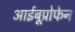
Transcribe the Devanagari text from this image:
आईबूप्रोफेन